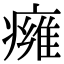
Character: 㿈